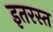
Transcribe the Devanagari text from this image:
इतरस्त